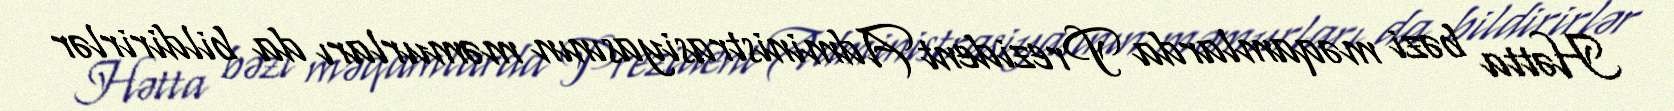
Hətta bəzi məqamlarda Prezident Administrasiyasının məmurları da bildirirlər